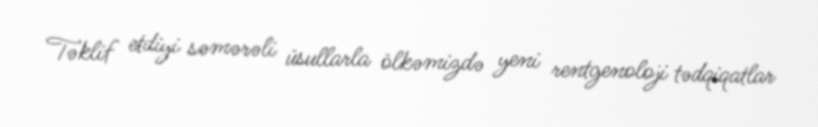
Təklif etdiyi səmərəli üsullarla ölkəmizdə yeni rentgenoloji tədqiqatlar